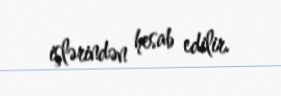
işlərindən hesab edilir.